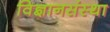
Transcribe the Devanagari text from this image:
विज्ञानसंस्था